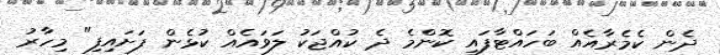
ދެން ކެމެރާއެއް ބަހައްޓާފައި ކޮންމެ ދެ ކުއްޖަކު ލަވައެއް ކުޅެން ފަށައިފި" މިހާރު